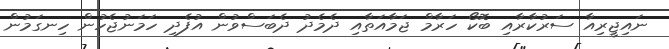
ނައިޖީރިއާ ސަރުކާރާއި ބޮކޯ ހަރާމް ޖަމާއަތާއި ދެމެދު ދެބަސްވުން އުފެދި ހަމަނުޖެހުން ހިނގަމުން